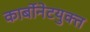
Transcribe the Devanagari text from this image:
कार्बोनेटयुक्त